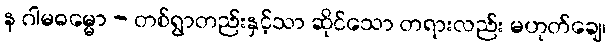
န ဂါမဓမ္မော - တစ်ရွာတည်းနှင့်သာ ဆိုင်သော တရားလည်း မဟုတ်ချေ၊